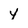
Character: Y